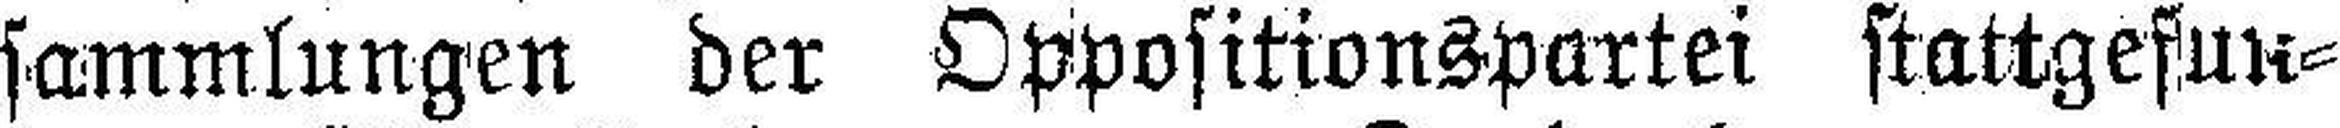
sammlungen der Oppositionspartei stattgefun¬